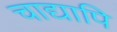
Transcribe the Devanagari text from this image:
चाद्यापि